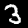
Digit: 3